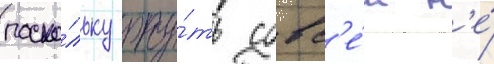
поско́льку рту́ть совс'е́м н'е́